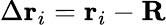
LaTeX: \Delta\mathbf{r}_{i}=\mathbf{r}_{i}-\mathbf{R}